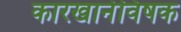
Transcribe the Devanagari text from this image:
कारखानेविषक